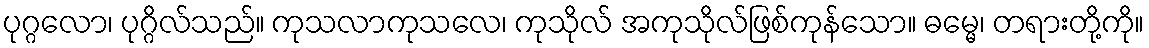
ပုဂ္ဂလော၊ ပုဂ္ဂိလ်သည်။ ကုသလာကုသလေ၊ ကုသိုလ် အကုသိုလ်ဖြစ်ကုန်သော။ ဓမ္မေ၊ တရားတို့ကို။